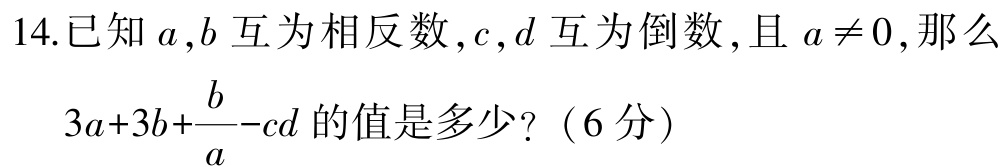
14.已知\(a,b\)互为相反数，\(c,d\)互为倒数，且\(a \neq 0\)，那么

\(3a + 3b+\dfrac{b}{a}-cd\)的值是多少？（6分）